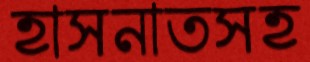
হাসনাতসহ